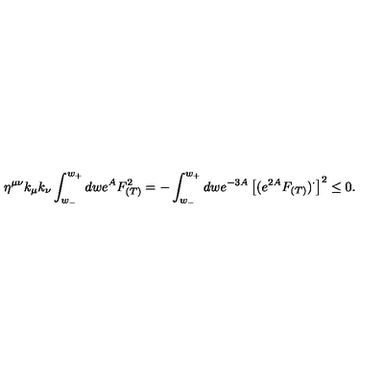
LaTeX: \eta ^ { \mu \nu } k _ { \mu } k _ { \nu } \int _ { w _ { - } } ^ { w _ { + } } d w e ^ { A } F _ { ( T ) } ^ { 2 } = - \int _ { w _ { - } } ^ { w _ { + } } d w e ^ { - 3 A } \left[ ( e ^ { 2 A } F _ { ( T ) } ) ^ { \cdot } \right] ^ { 2 } \leq 0 .